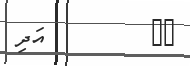
١٥         އަދި